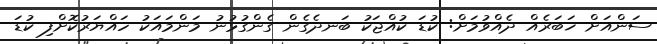
ސަންއަށް ޚަބަރެއް ދެއްވުމަށް: ކުޑަ ކުއްޖަކު ބަނދެގެން ގެންގުޅުނު މަންމައަކު ހައްޔަރުކޮށްފި ކުޑަ